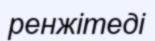
ренжітеді